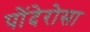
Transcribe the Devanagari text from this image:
पोंदेरोसा